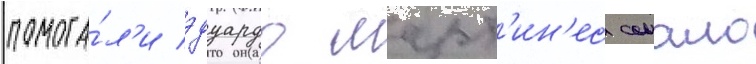
помога́л'и эдуардо март'ин'ес сомало